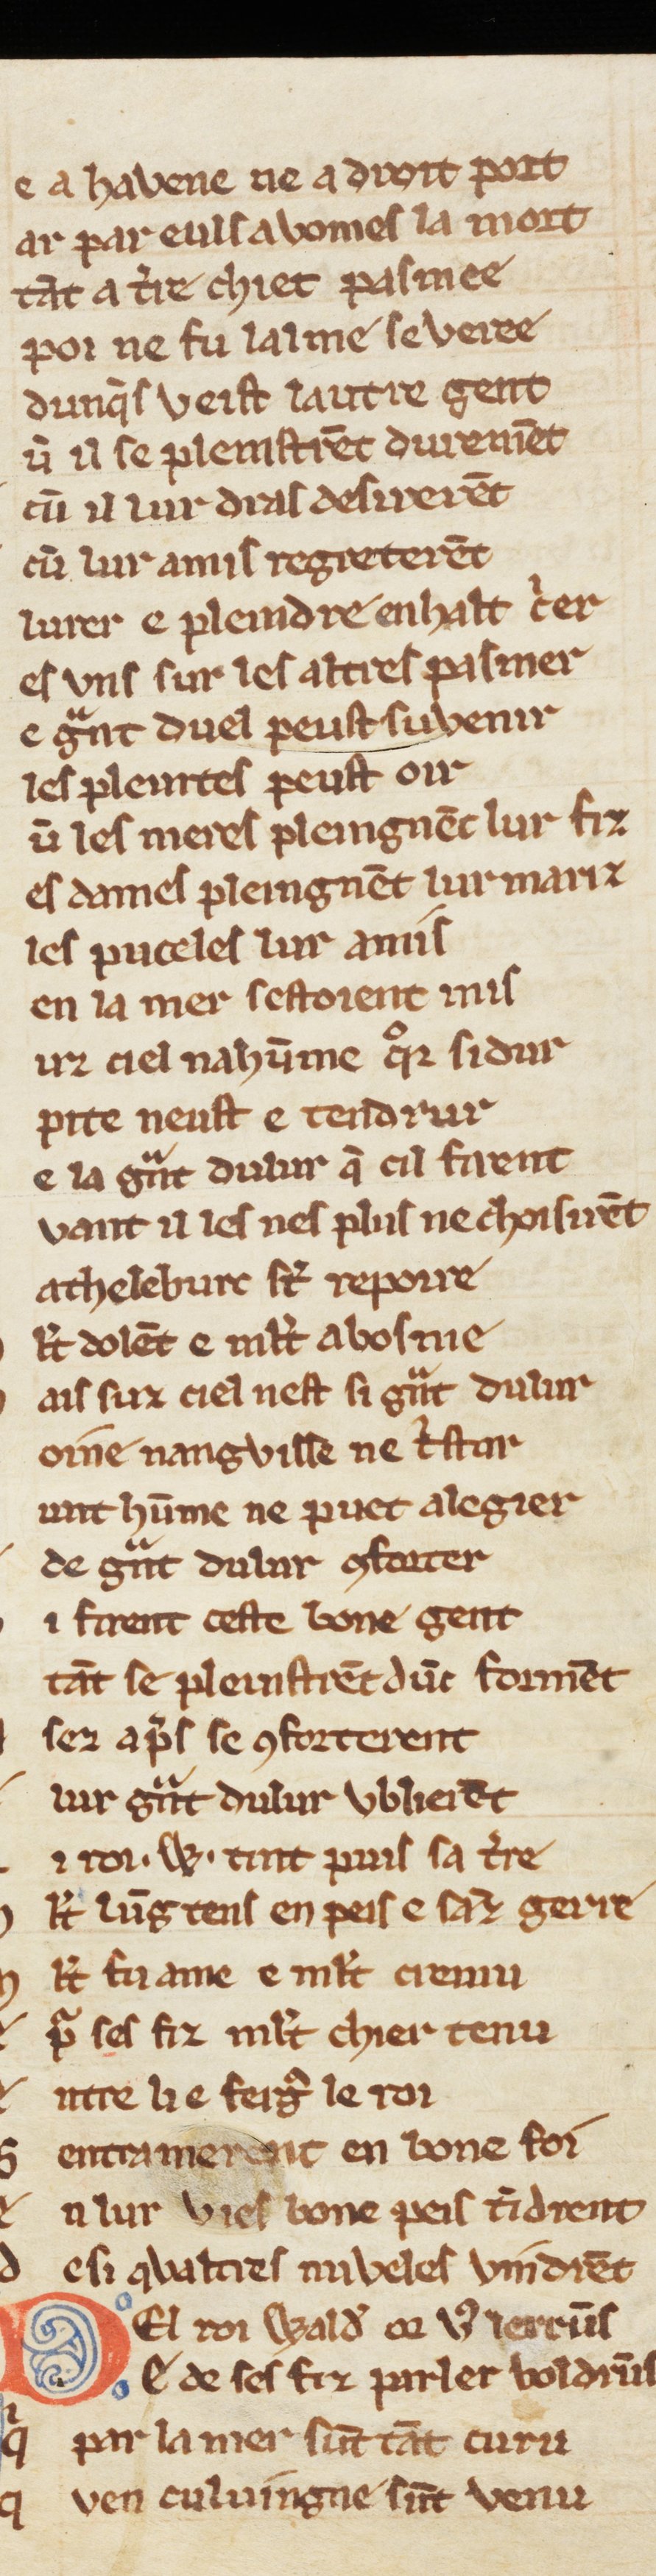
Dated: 1270–1330